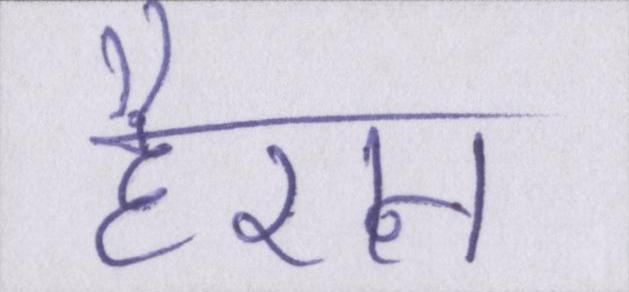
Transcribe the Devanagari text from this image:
हैरान